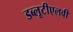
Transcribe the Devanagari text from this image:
डब्लूटीएलवी